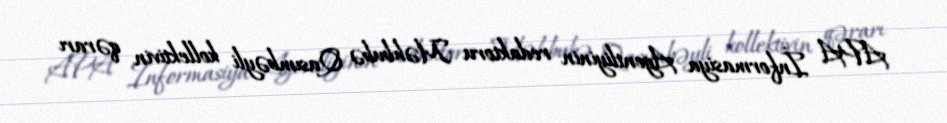
APA İnformasiya Agentliyinin redaktoru Məhbubə Qasımbəyli kollektivin qərarı